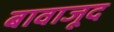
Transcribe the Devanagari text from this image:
बावाजूद